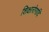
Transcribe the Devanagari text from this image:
शिक्षारोगादि